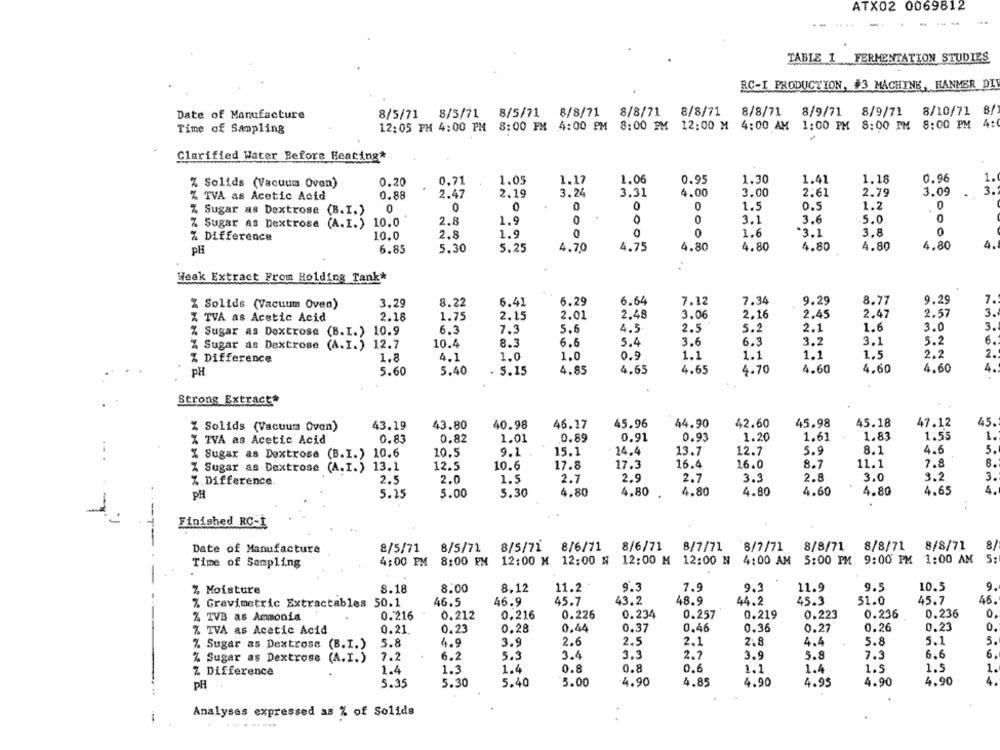
ATX02 0069812
.....
-
TABLE 1 FERMENTATION STUDIES
RC-I PRODUCTION. #3 MACHINE, HANMER DI
8/5/71 8/5/71 8/5/71 8/8/71 8/8/71 8/8/71 8/8/71 8/9/71 8/9/71 8/10/71 8/
Date of Manufacture
12:05 PM 4:00 PM 8:00 PM 4:00 PM 8:00 PM 12:00 M 4:00 AM 1:00 PM 8:00 PM 8:00 PM 4:
Time of Sampling
Clarified Water Before Heating*
1.05
1.17
1.06
0.95
1.30
1.41
1.18
0.96
1.
% Solids (Vacuum Oven)
0.20
0,71
% TVA as Acetic Acid
0.88
2.47
2.19
3.24
3.31
4.00
3.00
2.61
2.79
3.09
.
3.
0
0
0
0
0
1.5
0.5
1.2
% Sugar as Dextrose (B.I.)
0
% Sugar as Dextrose (A.I.) 10.0
2.8
1.9
3.1
3.6
5.0
0
0
1.6
3.1
3.8
0
% Difference
10.0
2.8
1.9
5.25
4.70
4.75
4.80
4.80
4.80
4.80
4.80
4.
PH
6.85
5.30
Weak Extract From Holding Tank*
6.64
7.34
9.29
8.77
7.
% Solids (Vacuum Oven)
3.29
8.22
6.41
6.29
7.12
9.29
2.18
1.75
2.15
2.01
2.48
3.06
2.16
2.45
2.47
2.57
3.
Z TVA as Acetic Acid
6.3
7.3
5.6
4.5
2.5
5.2
2.1
1.6
3.0
3.
% Sugar as Dextrose (B.I.) 10.9
12.7
10.4
8.3
6.6
5.4
3.6
6.3
3.2
3.1
5.2
6.
% Sugar as Dextrose (A.I.)
2.2
Z Difference
1.8
4.1
1.0
1.0
0.9
1.1
1.1
1.1
1.5
2.
4.
PH
5.60
5.40
. 5.15
4.85
4.65
4.65
4.70
4.60
4.60
4.60
Strong Extract*
% Solids (Vacuum Oven)
43.19
43.80
40.98
46.17
45.96
44.90
42.60
45.98
45.18
47.12
45.
1.83
1.55
1.
% TVA as Acetic Acid
0.83
0.82
1.01
0.89
0.91
0.93
1.20
1.61
14.4
13.7
12.7
5.9
8.1
4.6
5.
% Sugar as Dextrose (B.I.)
10.6
10.5
9.1
15.1
12.5
10.6
17.8
17.3
16.4
16.0
8.7
11.1
7.8
8.
% Sugar as Dextrose (A.I.) 13.1
2.5
2.0
1.5
2.7
2.9
2.7
3.3
2.8
3.0
3.2
3.
% Difference
PH
5.15
5.00
5.30
4.80
4.80
4.80
4.80
4.60
4.80
4.65
***
-
Finished RC-İ
-7-
8/5/71
8/6/71
8/6/71
8/7/71 8/7/71 8/8/71
8/8/71 8/8/71
8
Date of Manufacture
8/5/71 8/5/71
Time of Sampling
4:00 PM 8:00 EN 12:00 M 12:00 N 12:00 M 12:00 N 4:00 AM 5:00 PM 9:00 PM 1:00 AM
5:
10.5
9.
Z Moisture
8.18
8.00
8.12
11.2
9.3
7.9
9.3
11.9
9.5
43.2
48.9
44.2
45.3
51.0
45.7
46.
% Gravimetric Extractables 50.1
46.5
46.9
45.7
% TVB as Ammonia
0.216
0.212
0.216
0.226
0.234
0.257
0.219
0.223
0.236
0.236
0.
% TVA as Acetic Acid
0.21
0.23
0.28
0.44
0.37
0.46
0.36
0.27
0.26
0.23
0.
% Sugar as Dextrose (B.I.)
5.8
4.9
3.9
2.6
2.5
2.1
2,8
4.4
5.8
5.1
5.
6.
% Sugar as Dextrose (A.I.)
7.2
6.2
5.3
3.4
3,3
2.7
3.9
5.8
7.3
6.6
0.8
0.8
0.6
1.5
1.
Z Difference
1.4
1.3
1.4
1.1
1.4
1.5
5.00
4.90
4.85
4.90
4.95
4.90
4.90
4
PH
5.35
5.30
5.40
Analyses expressed as % of Solids
------